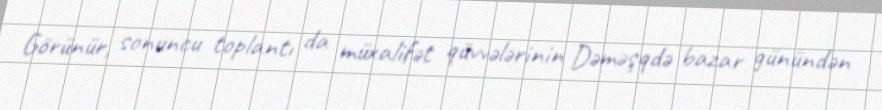
Görünür, sonuncu toplantı da müxalifət qüvvələrinin Dəməşqdə bazar günündən